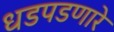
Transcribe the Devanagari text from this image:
धडपडणारे